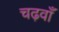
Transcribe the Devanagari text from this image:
चढ़वाँ